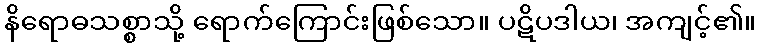
နိရောဓသစ္စာသို့ ရောက်ကြောင်းဖြစ်သော။ ပဋိပဒါယ၊ အကျင့်၏။